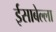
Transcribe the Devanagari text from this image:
ईसाबेल्ला